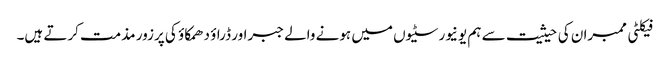
فیکلٹی ممبران کی حیثیت سے ہم یونیورسٹیوں میں ہونے والے جبراور ڈراؤ دھمکاؤ کی پرزور مذمت کرتے ہیں۔